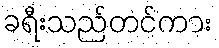
ခရီးသည်တင်ကား